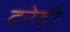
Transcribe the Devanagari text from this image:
दरेदी